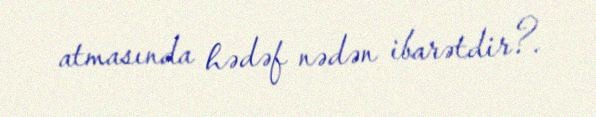
atmasında hədəf nədən ibarətdir?.